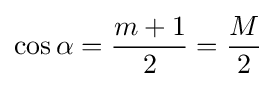
\cos \alpha ={\frac {m+1}{2}}={\frac {M}{2}}